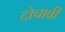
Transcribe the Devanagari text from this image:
टोचावी